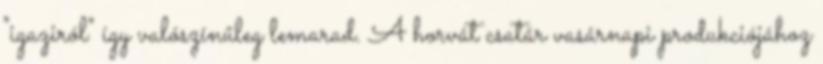
"igaziról" így valószínűleg lemarad. A horvát csatár vasárnapi produkciójához